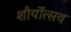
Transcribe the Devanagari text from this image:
शौर्योत्सव